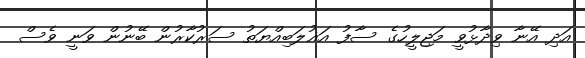
އަދި އޭނާ ވިދާޅުވީ މަޖިލީހުގެ ސާފު އަޣުލަބިއްޔަތު ސަރުކާރުން ބޭނުން ވަނީ ވެސް